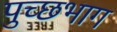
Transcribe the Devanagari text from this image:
पुच्छभाग